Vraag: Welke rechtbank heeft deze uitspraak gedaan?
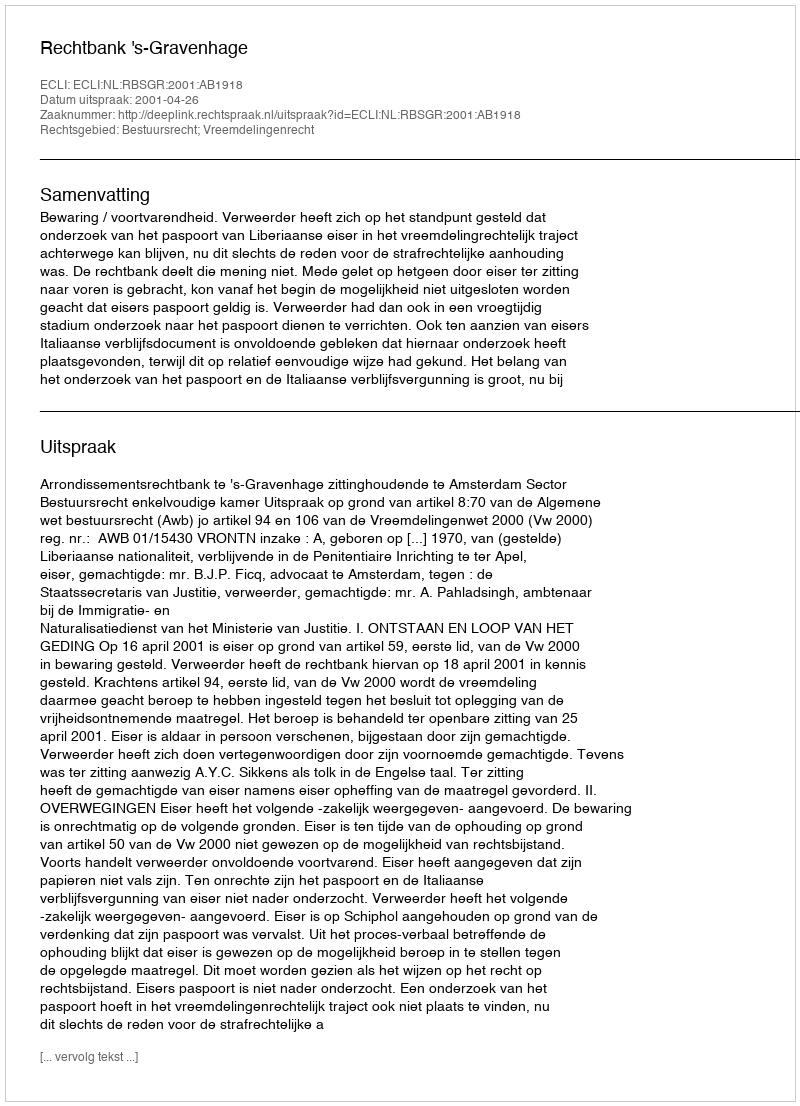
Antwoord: Rechtbank 's-Gravenhage